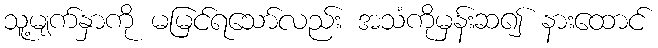
သူ့မျက်နှာကို မမြင်ရသော်လည်း အသံကိုမှန်းဆ၍ နားထောင်